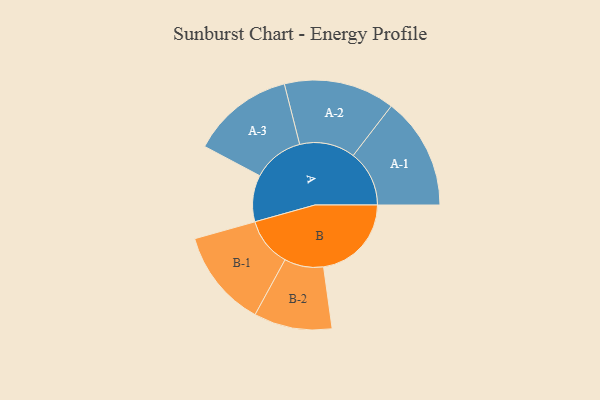
{"axis": {"x": "Segment", "y": "Value"}, "legend": ["", "A", "B"], "data": [{"x": "A", "y": 248, "type": ""}, {"x": "B", "y": 467, "type": ""}, {"x": "A-1", "y": 298, "type": "A"}, {"x": "A-2", "y": 295, "type": "A"}, {"x": "A-3", "y": 272, "type": "A"}, {"x": "B-1", "y": 260, "type": "B"}, {"x": "B-2", "y": 208, "type": "B"}]}